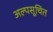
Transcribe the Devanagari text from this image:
अल्पसूचित